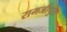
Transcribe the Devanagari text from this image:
रामजीपुरा